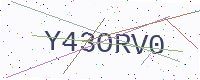
Text: Y43ORV0